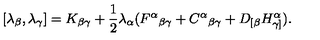
[ \lambda _ { \beta } , \lambda _ { \gamma } ] = K _ { \beta \gamma } + \frac 1 2 \lambda _ { \alpha } ( F ^ { \alpha } { } _ { \beta \gamma } + C ^ { \alpha } { } _ { \beta \gamma } + D _ { [ \beta } H _ { \gamma ] } ^ { \alpha } ) .